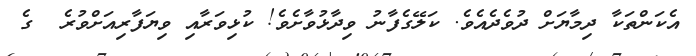
އެކަންތަކާ ދިމާޔަށް ދުވެދެއެވެ. ކަލޭގެފާނު ވިދާޅުވާށެވެ! ކުޅިވަރާއި ވިޔަފާރިއަށްވުރެ  ގެ